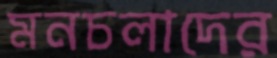
মনচলাদের